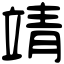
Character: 靖